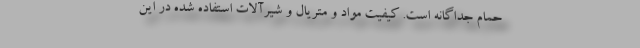
حمام جداگانه است. کیفیت مواد و متریال و شیرآلات استفاده شده در این